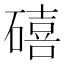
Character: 礂